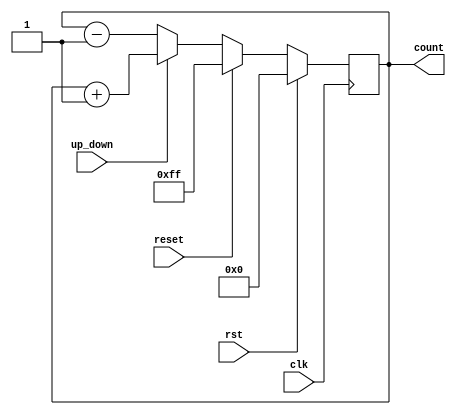
module up_down_counter (
    input clk,
    input rst,
    input up_down,
    input reset,
    output reg [7:0] count
);

always @(posedge clk) begin
    if (rst) begin
        count <= 8'h00;
    end else begin
        if (reset) begin
            count <= 8'hFF;
        end else begin
            if (up_down) begin
                count <= count + 1;
            end else begin
                count <= count - 1;
            end
        end
    end
end

endmodule